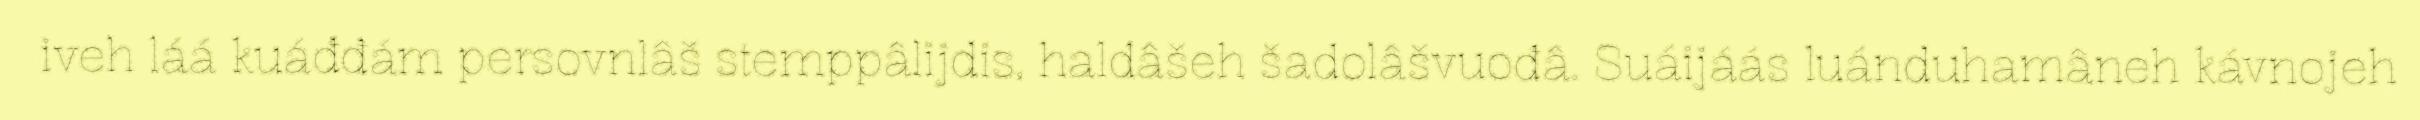
iveh láá kuáđđám persovnlâš stemppâlijdis, haldâšeh šadolâšvuođâ. Suáijáás luánduhamâneh kávnojeh